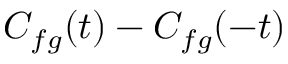
C _ { f g } ( t ) - C _ { f g } ( - t )